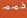
ذ . م . م